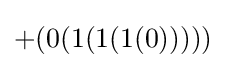
+(0(1(1(1(0)))))